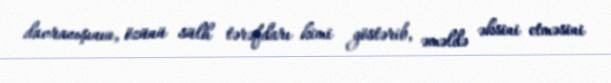
davranışının, özünü sülh tərəfdarı kimi göstərib, əməldə əksini etməsini